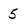
Character: 5